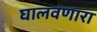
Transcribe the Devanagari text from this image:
घालवणारा